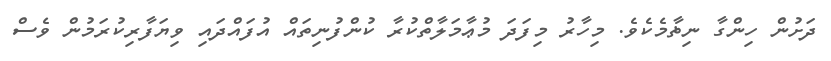
ދަށުން ހިންގާ ނިޡާމެކެވެ. މިހާރު މިފަދަ މުޢާމަލާތްކުރާ ކުންފުނިތައް އުފައްދައި ވިޔަފާރިކުރަމުން ވެސް